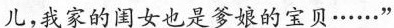
儿，我家的闺女也是爹娘的宝贝……”